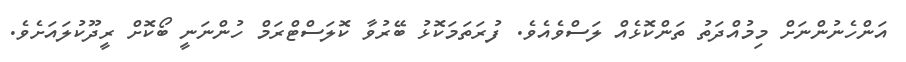
އަންހެނުންނަށް މިމުއްދަތު ތަންކޮޅެއް ލަސްވެއެވެ. ފުރަތަމަކޮޅު ބޭރުވާ ކޮލަސްޓްރަމް ހުންނަނީ ބޯކޮށް ރީދޫކުލައަށެވެ.